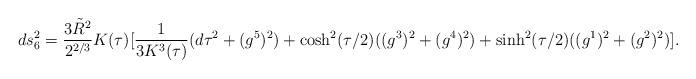
LaTeX: \begin{align*}ds_6^2 = {3{\tilde R}^2 \over 2^{2/3}}K(\tau)[{1 \over 3 K^3(\tau)}(d\tau^2+(g^5)^2)+\cosh^2(\tau/2)((g^3)^2+(g^4)^2)+\sinh^2(\tau/2)((g^1)^2+(g^2)^2)].\end{align*}